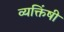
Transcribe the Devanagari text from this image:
व्यक्तिंषी